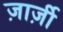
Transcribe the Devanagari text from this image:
ज़ार्ज़ी